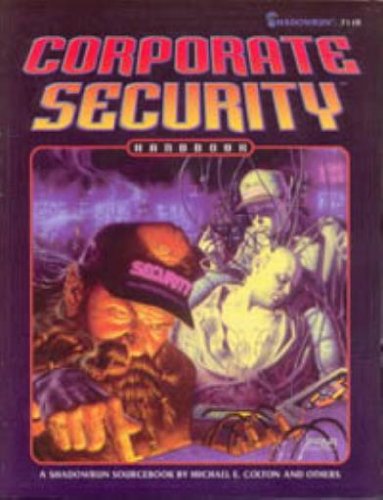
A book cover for Corporate Security Handbook (Shadowrun); Michael E. Colton; Science Fiction & Fantasy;